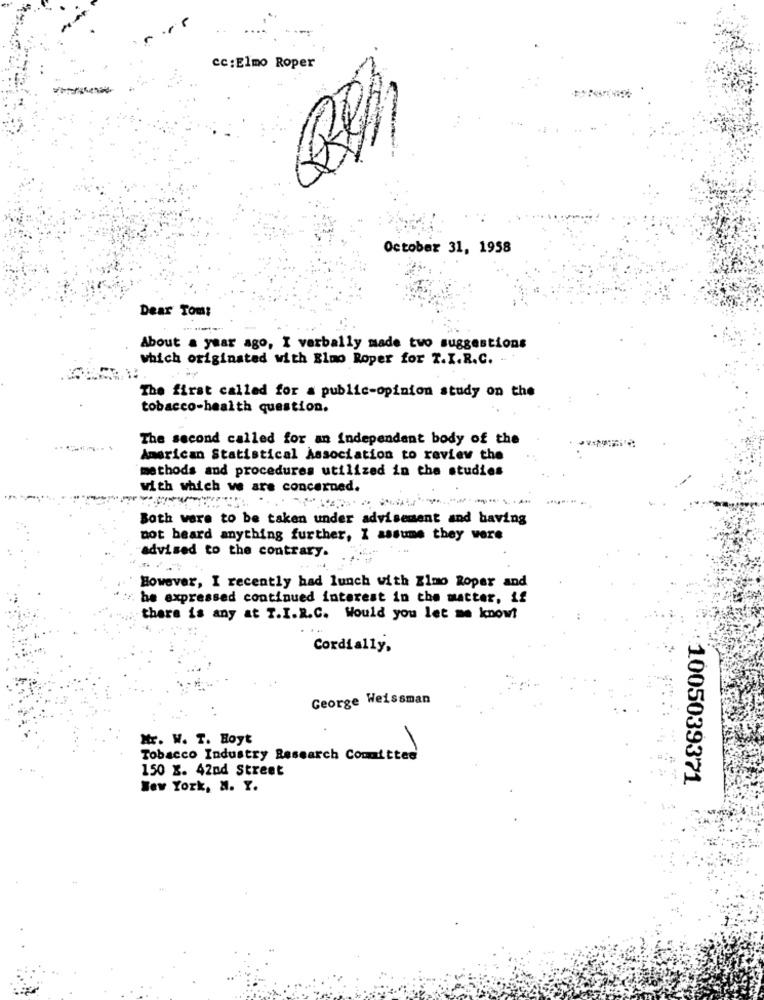
cc: Elmo Roper
October 31, 1958
Dear Tom:
About a year ago, I verbally made two suggestions
which originated with Elmo Roper for T.I.R.C. -
The first called for a public-opinion study on the
tobacco-health question.
The second called for an independent body of the
American Statistical Association to review the
methods and procedures utilized in the studies
with which ve are concerned.
Both were to be taken under advisement and having
not heard anything further, I assume they were
advised to the contrary.
However, I recently had lunch with Elmo Roper and
be expressed continued interest in the matter, if
there is any at T.I.R.C. Would you let me know!
Cordially,
George Weissman
Mr. W. T. Hoyt
Tobacco Industry Research Committee
150 x. 42nd Street
1005039371
New York, N. Y.